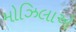
મોઝિલાએ